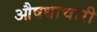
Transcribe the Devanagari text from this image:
औषधाचारी